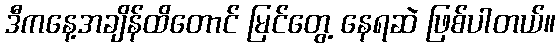
ဒီကနေ့အချိန်ထိတောင် မြင်တွေ့ နေရဆဲ ဖြစ်ပါတယ်။